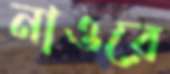
নাওরে